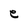
Character: e